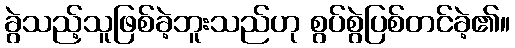
ခွဲသည့်သူဖြစ်ခဲ့ဘူးသည်ဟု စွပ်စွဲပြစ်တင်ခဲ့၏။